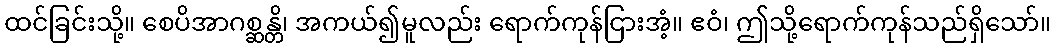
ထင်ခြင်းသို့။ စေပိအာဂစ္ဆန္တိ၊ အကယ်၍မူလည်း ရောက်ကုန်ငြားအံ့။ ဧဝံ၊ ဤသို့ရောက်ကုန်သည်ရှိသော်။